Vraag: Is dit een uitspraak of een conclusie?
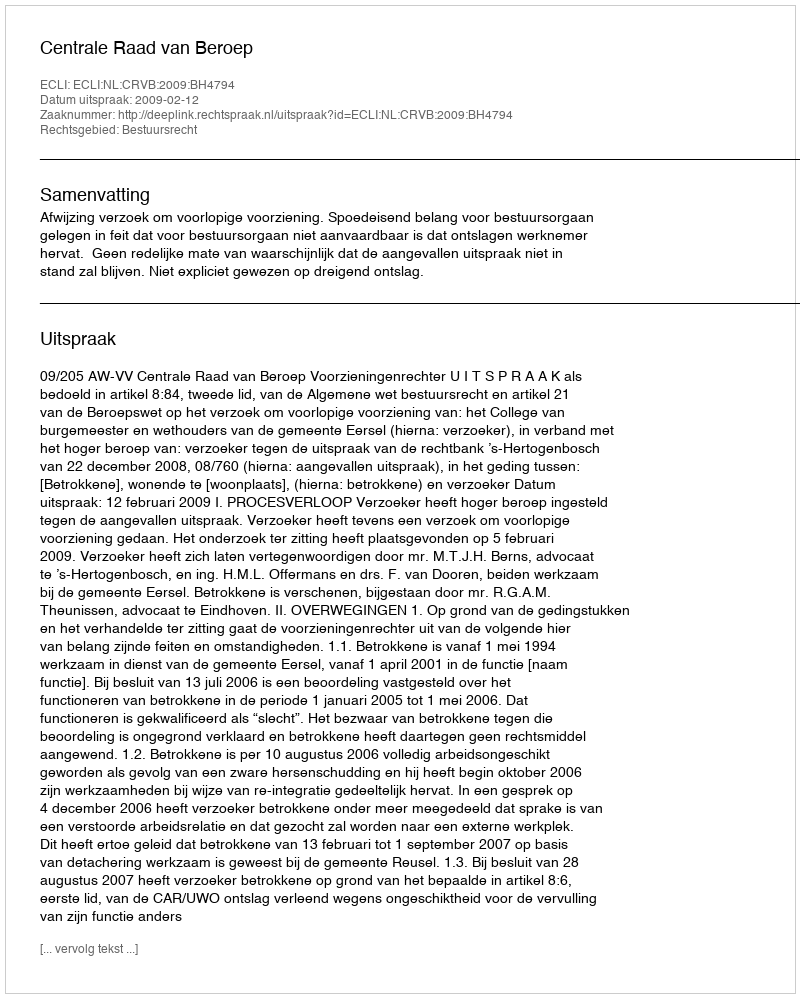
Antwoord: Uitspraak